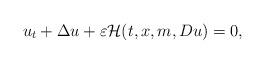
LaTeX: \begin{align*}u_{t}+\Delta u+\varepsilon\mathcal{H}(t,x,m,Du)=0,\end{align*}